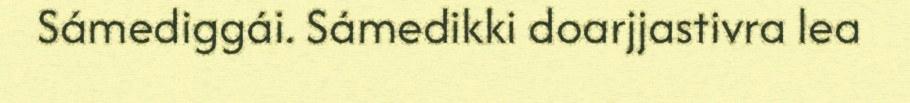
Sámediggái. Sámedikki doarjjastivra lea